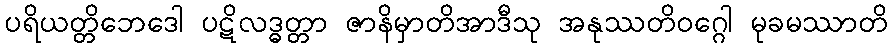
ပရိယတ္တိဘေဒေါ ပဋိလဒ္ဓတ္တာ ဇာနိမှာတိအာဒီသု အနုဿတိဝဂ္ဂေါ မုခမဿာတိ